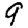
Digit: 9